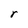
Character: r